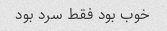
خوب بود فقط سرد بود